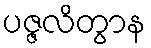
ပဇ္ဇလိတွာန